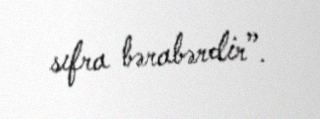
sıfra bərabərdir”.